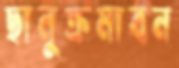
ছানুক্রমাবন